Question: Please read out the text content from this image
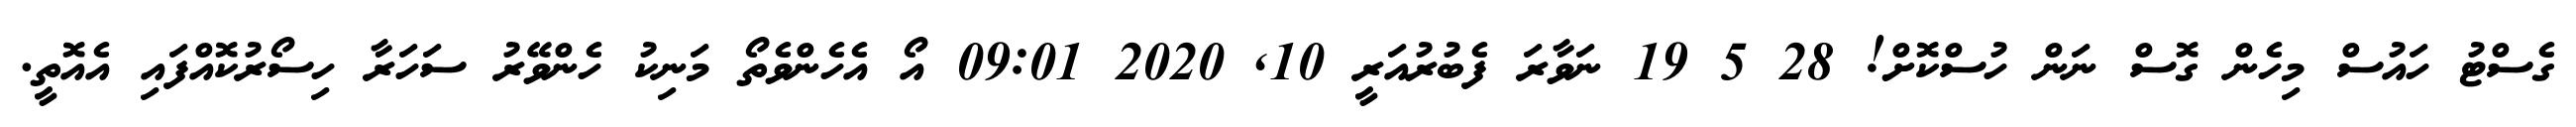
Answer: ގެސްޓު ހައުސް މިހެން ގޮސް ނަން ހުސްކޮށް! 28 5 19 ނަވާރަ ފެބުރުއަރީ 10, 2020 09:01 އޯ އެހެންވެތޯ މަނިކު ހެންވޭރު ސަހަރާ ހިސޯރުކޮއްފައި އެއޮތީ.